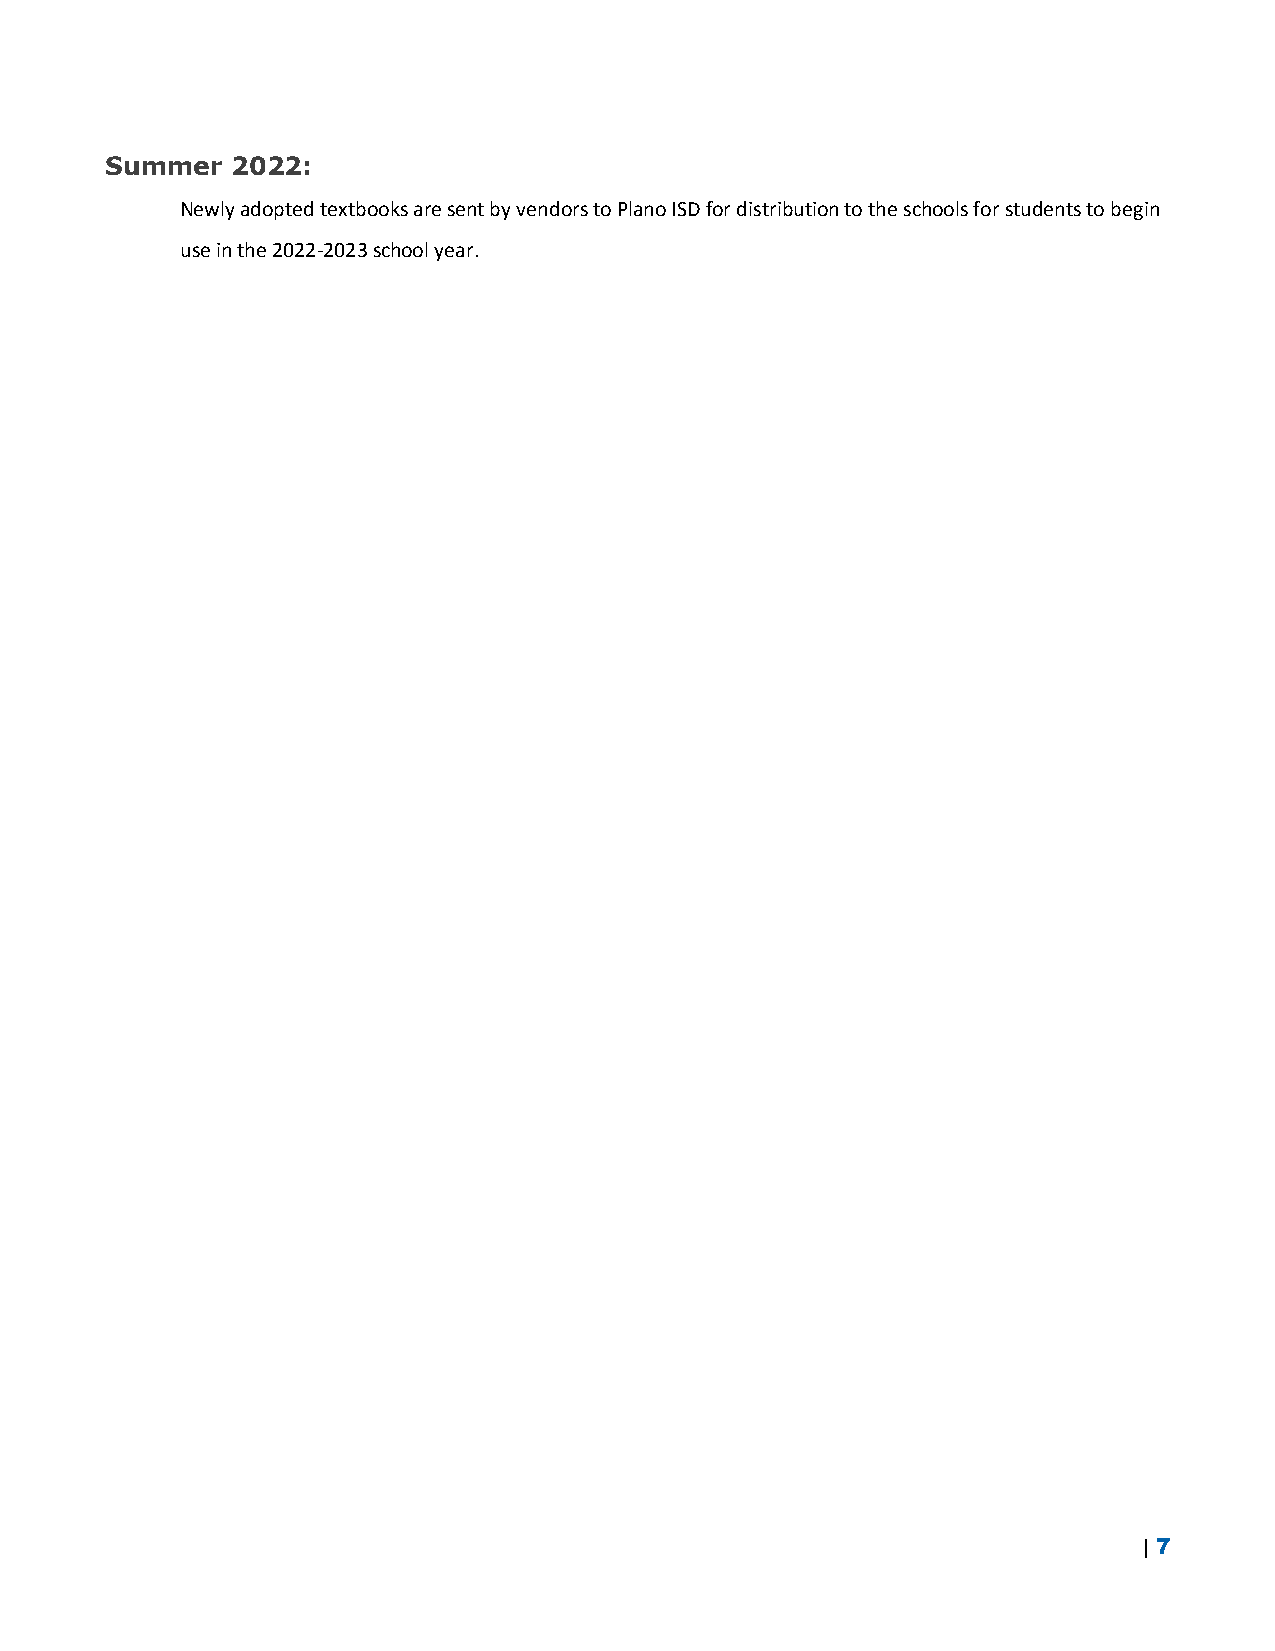
Summer  2022:
 Newly adopted textbooks are sent by vendors to Plano ISD for distribution to the schools for students to begin
 use in the 2022-2023 school year.
 | 7